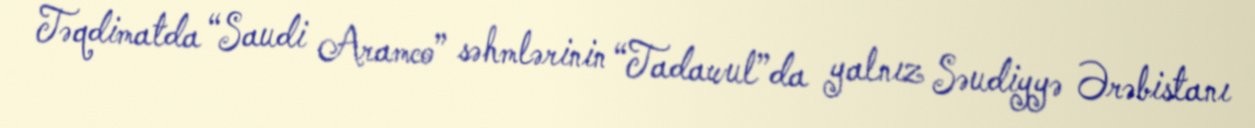
Təqdimatda “Saudi Aramco” səhmlərinin “Tadawul”da yalnız Səudiyyə Ərəbistanı